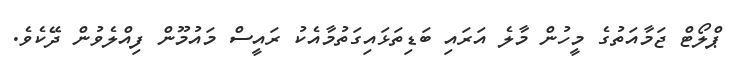
ޕްލޯޓް ޖަމާއަތުގެ މީހުން މާލެ އަރައި ބަޑިތަޅައިގަތުމާއެކު ރައީސް މައުމޫން ފިއްލެވުން ދޭކެވެ.